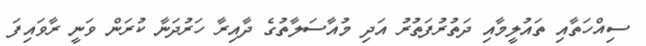
ސިއްހަތާއި ތައުލީމާއި ދަތުރުފަތުރު އަދި މުއާސަލާތުގެ ދާއިރާ ހަރުދަނާ ކުރަން ވަނީ ރާވައިފަ